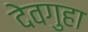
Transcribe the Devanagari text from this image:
देवगुहा